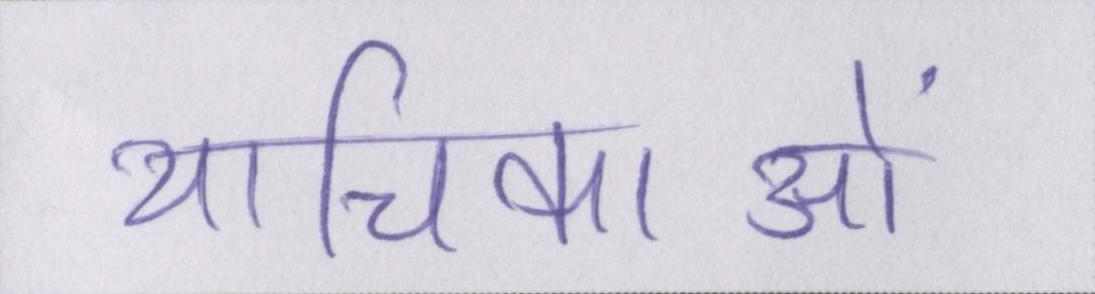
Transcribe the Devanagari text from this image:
याचिकाओं